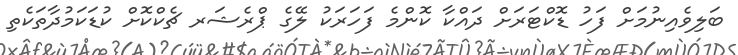
ބަލިވެއިނުމަށް ފަހު ޑޮކްޓަރަށް ދައްކާ ކޮންމެ ފަހަރަކު ލޭގެ ޕްރެޝަރ ޗެކްކޮށް ކުޑަކަމުދާތަކެތި